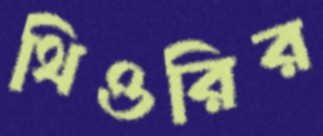
থিওরির